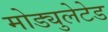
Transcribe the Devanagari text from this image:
मोड्युलेटेड